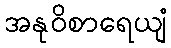
အနုဝိစာရေယျံ